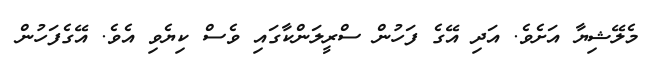
މެލޭޝިޔާ އަށެވެ. އަދި އޭގެ ފަހުން ސްރީލަންކާގައި ވެސް ކިޔެވި އެވެ. އޭގެފަހުން